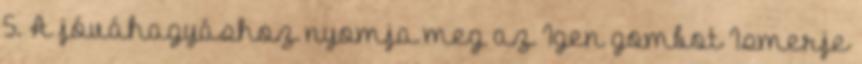
5. A jóváhagyáshoz nyomja meg az Igen gombot Ismerje